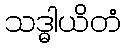
သဒ္ဓါယိတံ